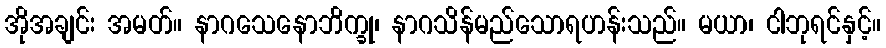
အိုအချင်း အမတ်။ နာဂသေနောဘိက္ခု၊ နာဂသိန်မည်သောရဟန်းသည်။ မယာ၊ ငါဘုရင်နှင့်။